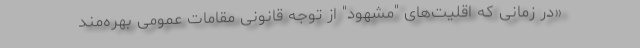
«در زمانی که اقلیت‌های "مشهود" از توجه قانونی مقامات عمومی بهره‌مند